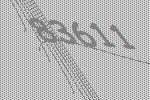
83611